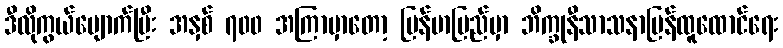
ဒီလိုကွယ်ပျောက်ပြီး အနှစ် ၇၀၀ အကြာမှာတော့ မြန်မာပြည်မှာ ဘိက္ခုနီသာသနာပြန်ထူထောင်ရေး